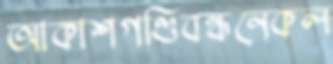
আকাশগণ্ডিবন্ধনেকল